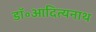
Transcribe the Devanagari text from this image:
डॉ॰आदित्यनाथ